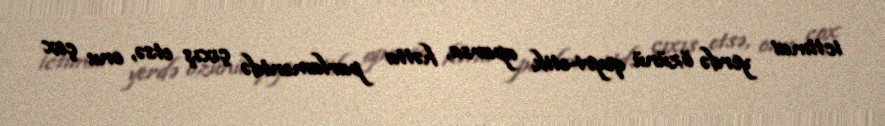
ictimai yerdə özünü qeyri-etik aparsa, hətta parlamentdə çıxış etsə, onu çox